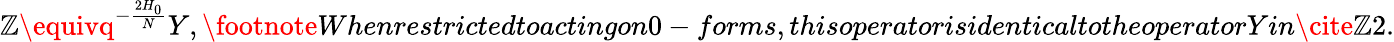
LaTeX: \mathbb{Z}\equivq^{-\frac{{2H_{0}}}{{N}}}Y,\footnote{}{{Whenrestrictedtoactingon0-forms,thisoperatorisidenticaltotheoperatorYin\cite{}{}{}{{\mathbb{Z}2}}.}}